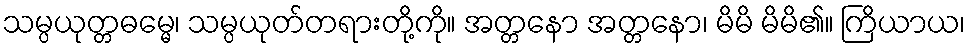
သမ္ပယုတ္တဓမ္မေ၊ သမ္ပယုတ်တရားတို့ကို။ အတ္တနော အတ္တနော၊ မိမိ မိမိ၏။ ကြိယာယ၊